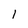
Character: l